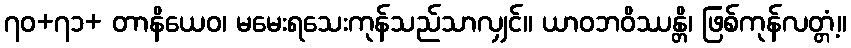
၇၀+၇၁+ တာနိယေဝ၊ မမေးရသေးကုန်သည်သာလျှင်။ ယာဝဘဝိဿန္တိ၊ ဖြစ်ကုန်လတ္တံ့။